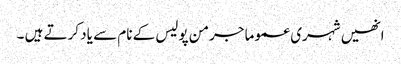
انھیں شہری عموما جرمن پولیس کے نام سے یاد کرتے ہیں ۔